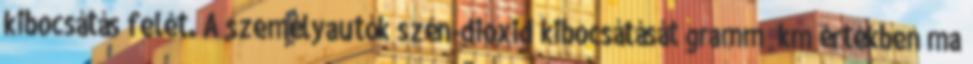
kibocsátás felét. A személyautók szén-dioxid kibocsátását gramm km értékben ma